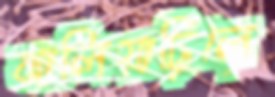
ঝালিয়াছিলে